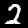
Label: 2